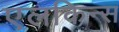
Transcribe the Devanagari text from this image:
एलकिन्स